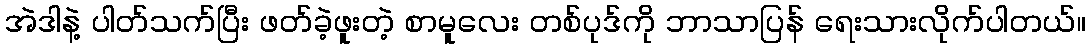
အဲဒါနဲ့ ပါတ်သက်ပြီး ဖတ်ခဲ့ဖူးတဲ့ စာမူလေး တစ်ပုဒ်ကို ဘာသာပြန် ရေးသားလိုက်ပါတယ်။